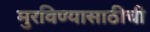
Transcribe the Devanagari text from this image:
मुरविण्यासाठीची